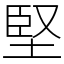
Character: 堅